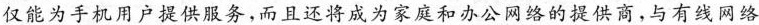
仅能为手机用户提供服务，而且还将成为家庭和办公网络的提供商，与有线网络